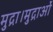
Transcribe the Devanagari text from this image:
मुद्रा।मुद्राओं